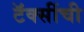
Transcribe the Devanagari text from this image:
टॅक्सींची